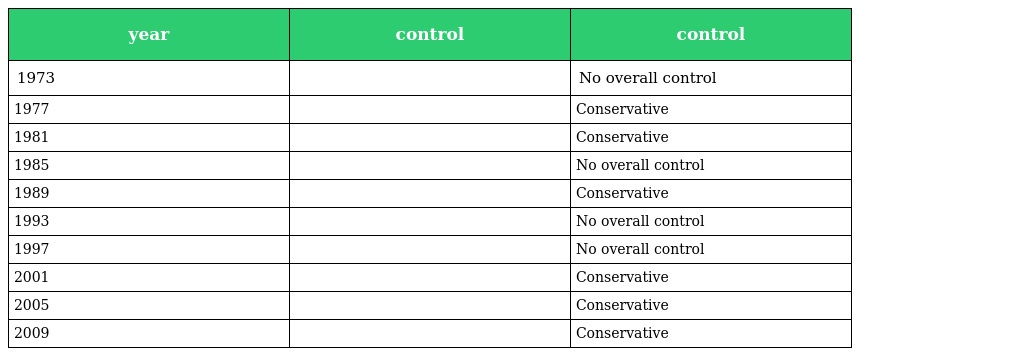
| year | control | control |
 | --- | --- | --- |
 | 1973 |  | No overall control |
 | 1977 |  | Conservative |
 | 1981 |  | Conservative |
 | 1985 |  | No overall control |
 | 1989 |  | Conservative |
 | 1993 |  | No overall control |
 | 1997 |  | No overall control |
 | 2001 |  | Conservative |
 | 2005 |  | Conservative |
 | 2009 |  | Conservative |